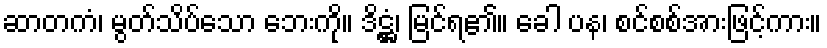
ဆာတကံ၊ မွတ်သိပ်သော ဘေးကို။ ဒိဋ္ဌံ၊ မြင်ရ၏။ ခေါ ပန၊ စင်စစ်အားဖြင့်ကား။